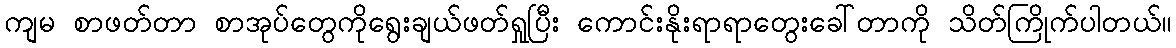
ကျမ စာဖတ်တာ စာအုပ်တွေကိုရွေးချယ်ဖတ်ရှုပြီး ကောင်းနိုးရာရာတွေးခေါ်တာကို သိတ်ကြိုက်ပါတယ်။